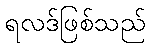
ရလဒ်ဖြစ်သည်